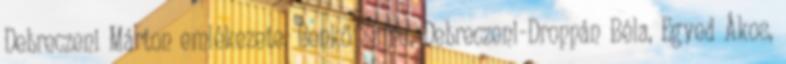
Debreczeni Márton emlékezete. Benkő Samu, Debreczeni-Droppán Béla, Egyed Ákos,